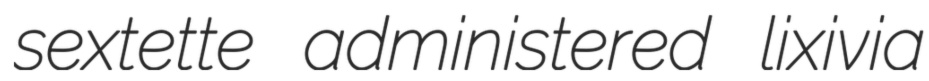
sextette administered lixivia